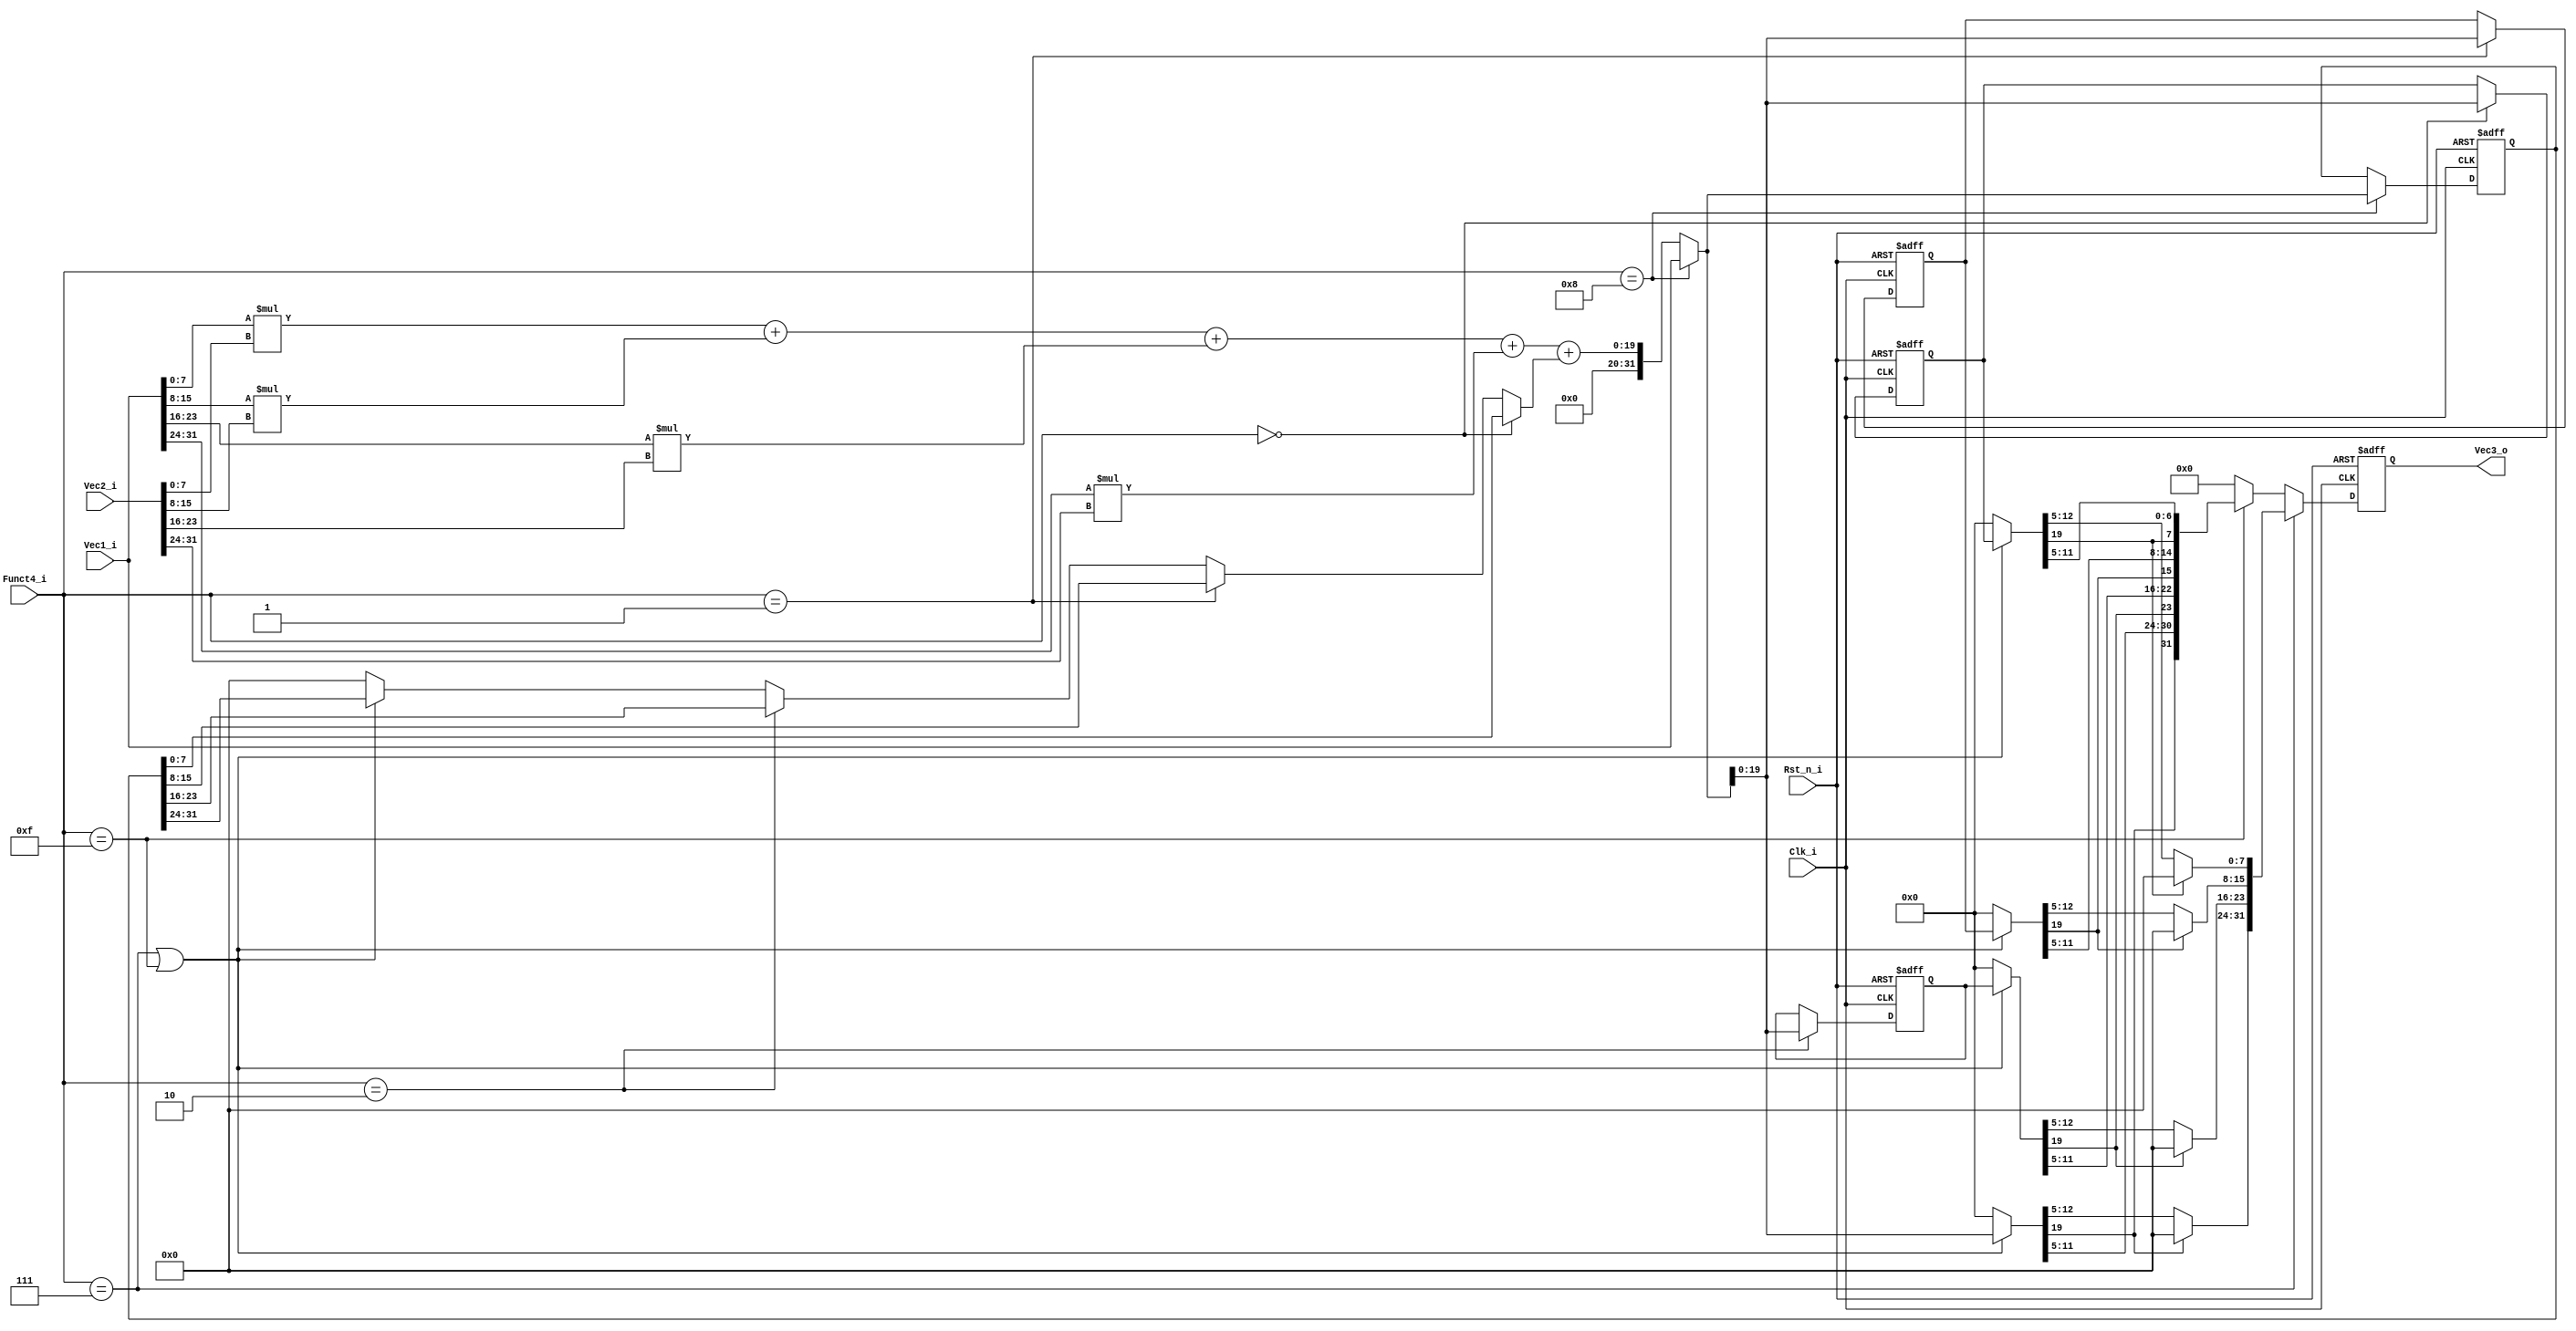

module vmac_dff #(
parameter VECW = 32,
parameter DW = 8,
parameter SPW = 20,
parameter AW = 4
)(
input 								Clk_i		,
input 								Rst_n_i	,
input [AW-1:0]				Funct4_i	,
input [ VECW-1:0]			Vec1_i	,
input [ VECW-1:0]			Vec2_i	,
output[ VECW-1:0]			Vec3_o
);

wire[ VECW-1 : 0]vec3_wire;
(* keep = "true" *)(* keep = "true" *)reg [ VECW-1 : 0]vec3_reg;

wire signed [2*DW-1 : 0] 		result0;
wire signed [2*DW-1 : 0] 		result1;
wire signed [2*DW-1 : 0] 		result2;
wire signed [2*DW-1 : 0] 		result3;
wire signed [DW-1 : 0] 			bias_o;
wire signed [SPW-1 : 0]accum;

wire signed[VECW-1  : 0]				scratch_pad_i;
(* keep = "true" *)(* keep = "true" *)reg 				[VECW-1 : 0] 			 	bias;										//

(* keep = "true" *)(* keep = "true" *)reg signed[SPW-1 : 0]	scratch_pad0;
(* keep = "true" *)(* keep = "true" *)reg signed[SPW-1 : 0]	scratch_pad1;
(* keep = "true" *)(* keep = "true" *)reg signed[SPW-1 : 0]	scratch_pad2;


wire signed [SPW-1 : 0]scratch_pad0_o;
wire signed [SPW-1 : 0]scratch_pad1_o;
wire signed [SPW-1 : 0]scratch_pad2_o;
wire signed [SPW-1 : 0]scratch_pad3_o;

wire signed [DW-1 : 0] vec1_0 = Vec1_i[1*DW-1:0*DW];
wire signed [DW-1 : 0] vec1_1 = Vec1_i[2*DW-1:1*DW];
wire signed [DW-1 : 0] vec1_2 = Vec1_i[3*DW-1:2*DW];
wire signed [DW-1 : 0] vec1_3 = Vec1_i[4*DW-1:3*DW];

wire signed [DW-1 : 0] vec2_0 = Vec2_i[1*DW-1:0*DW];
wire signed [DW-1 : 0] vec2_1 = Vec2_i[2*DW-1:1*DW];
wire signed [DW-1 : 0] vec2_2 = Vec2_i[3*DW-1:2*DW];
wire signed [DW-1 : 0] vec2_3 = Vec2_i[4*DW-1:3*DW];




//multiply operation
assign result0 = vec1_0 * vec2_0;
assign result1 = vec1_1 * vec2_1;
assign result2 = vec1_2 * vec2_2;
assign result3 = vec1_3 * vec2_3;

//add operation
assign accum	 = result0 + result1 + result2 + result3 + bias_o;

//scratch_pad_i
assign scratch_pad_i = (Funct4_i==4'b1000)? Vec1_i : {12'h0,accum};

//bias
always@(posedge Clk_i or negedge Rst_n_i) begin
	if(~Rst_n_i)
		bias <= {VECW{1'b0}};
	else if(Funct4_i==4'b1000)
		bias <= scratch_pad_i;
	else;
end

//scratch_pad0
always@(posedge Clk_i or negedge Rst_n_i) begin
	if(~Rst_n_i)
		scratch_pad0 <= {SPW{1'b0}};
	else if(Funct4_i==4'b0000)
		scratch_pad0 <= scratch_pad_i;
	else;
end

//scratch_pad1
always@(posedge Clk_i or negedge Rst_n_i) begin
	if(~Rst_n_i)
		scratch_pad1 <= {SPW{1'b0}};
	else if(Funct4_i==4'b0001)
		scratch_pad1 <= scratch_pad_i;
	else;
end

//scratch_pad2
always@(posedge Clk_i or negedge Rst_n_i) begin
	if(~Rst_n_i)
		scratch_pad2 <= {SPW{1'b0}};
	else if(Funct4_i==4'b0010)
		scratch_pad2 <= scratch_pad_i;
	else;
end

//bias_o
assign bias_o =  (Funct4_i==4'b0000)? bias[1*DW-1:0*DW] : 
								((Funct4_i==4'b0001)? bias[2*DW-1:1*DW] :
								((Funct4_i==4'b0010)? bias[3*DW-1:2*DW] :
								(((Funct4_i==4'b0111)||(Funct4_i==4'b1111))? bias[4*DW-1:3*DW] :
								{DW{1'b0}})));
								

//output
assign scratch_pad0_o = ((Funct4_i==4'b0111)||(Funct4_i==4'b1111))? scratch_pad0 	: {SPW{1'b0}};
assign scratch_pad1_o = ((Funct4_i==4'b0111)||(Funct4_i==4'b1111))? scratch_pad1 	: {SPW{1'b0}};
assign scratch_pad2_o = ((Funct4_i==4'b0111)||(Funct4_i==4'b1111))? scratch_pad2 	: {SPW{1'b0}};
assign scratch_pad3_o = ((Funct4_i==4'b0111)||(Funct4_i==4'b1111))? scratch_pad_i[19:0] : {SPW{1'b0}};

parameter m=8;
//relu activation,trauncate
assign vec3_wire = (Funct4_i==4'b0111)?{((scratch_pad3_o[19] == 1'b1)? {DW{1'b0}} : scratch_pad3_o[SPW-m:SPW-m-7]),
										((scratch_pad2_o[19] == 1'b1)? {DW{1'b0}} : scratch_pad2_o[SPW-m:SPW-m-7]),
										((scratch_pad1_o[19] == 1'b1)? {DW{1'b0}} : scratch_pad1_o[SPW-m:SPW-m-7]),
										((scratch_pad0_o[19] == 1'b1)? {DW{1'b0}} : scratch_pad0_o[SPW-m:SPW-m-7])}:
										((Funct4_i==4'b1111)?{scratch_pad3_o[SPW-1],scratch_pad3_o[SPW-m-1:SPW-m-7],scratch_pad2_o[SPW-1],scratch_pad2_o[SPW-m-1:SPW-m-7],scratch_pad1_o[SPW-1],scratch_pad1_o[SPW-m-1:SPW-m-7],scratch_pad0_o[SPW-1],scratch_pad0_o[SPW-m-1:SPW-m-7]}:
										{DW{1'b0}});

//vec3_reg
always@(posedge Clk_i or negedge Rst_n_i) begin
	if(~Rst_n_i)
		vec3_reg <= {VECW{1'b0}};
	else
		vec3_reg <= vec3_wire;
end

//Vec3_o
assign Vec3_o = vec3_reg;

endmodule